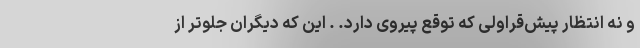
و نه انتظار پیش‌قراولی که توقع پیروی دارد. . این که دیگران جلوتر از